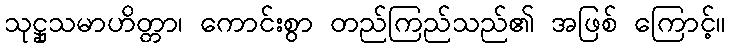
သုဋ္ဌုသမာဟိတ္တာ၊ ကောင်းစွာ တည်ကြည်သည်၏ အဖြစ် ကြောင့်။